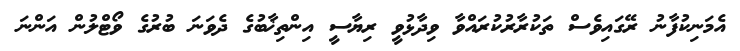
އެމަނިކުފާނު ރޭގައިވެސް ތަކުރާރުކުރައްވާ ވިދާޅުވީ ރިޔާސީ އިންތިޚާބުގެ ދެވަނަ ބުރުގެ ވޯޓްލުން އަންނަ